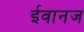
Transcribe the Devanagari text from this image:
ईवानज